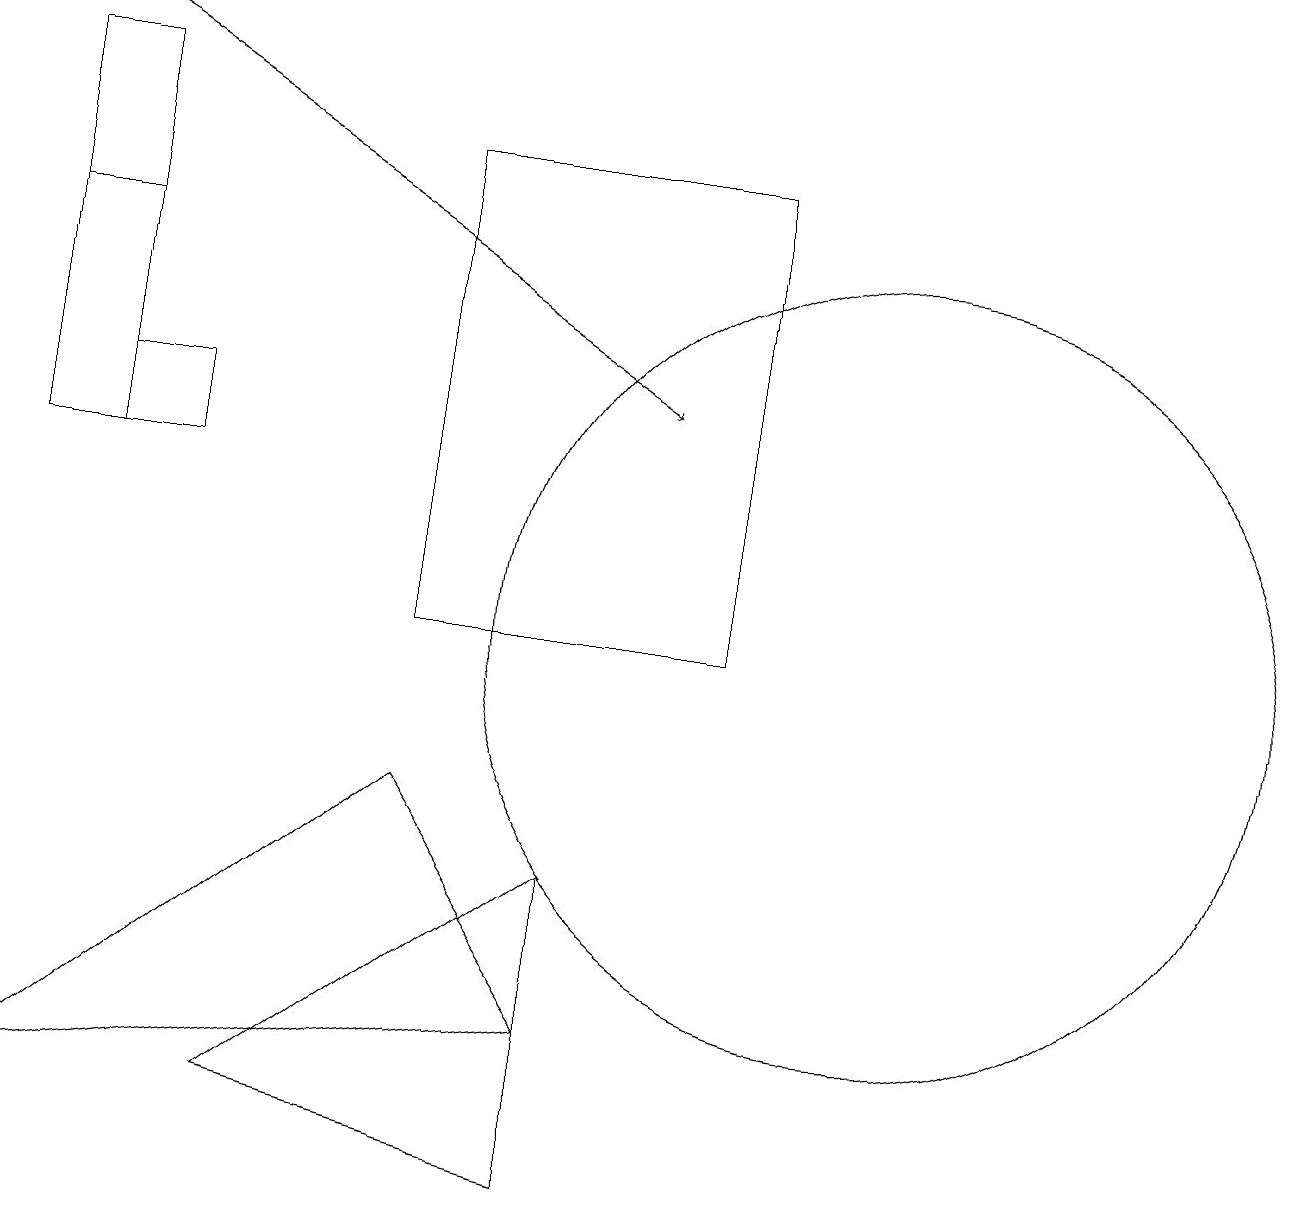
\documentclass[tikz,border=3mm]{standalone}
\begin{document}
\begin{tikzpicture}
\draw (7,7) -- (7,3) -- (3,4) -- cycle;
\draw (1,12) rectangle (2,13);
\draw[->] (0,18) -- (8,13);
\draw (11,10) circle (5);
\draw (5,10) rectangle (9,16);
\draw (5,8) -- (7,5) -- (0,4) -- cycle;
\draw (1,15) rectangle (0,12);
\draw (0,17) rectangle (1,12);
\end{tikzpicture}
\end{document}